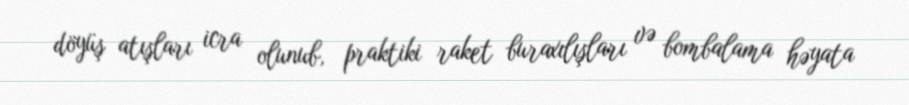
döyüş atışları icra olunub, praktiki raket buraxılışları və bombalama həyata